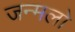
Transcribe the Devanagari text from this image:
जन्मलो